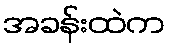
အခန်းထဲက